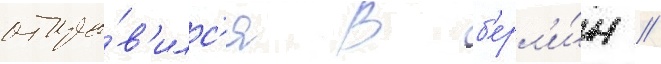
отпра́в'илс'я в б'ерл'и́н //